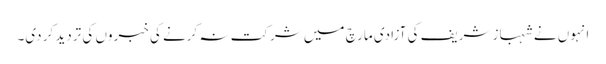
انہوں نے شہباز شریف کی آزادی مارچ میں شرکت نہ کرنے کی خبروں کی تردید کر دی۔